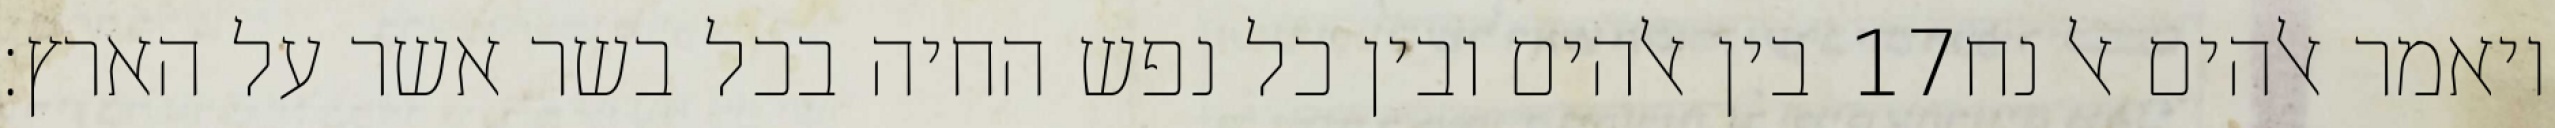
בין אלהים ובין כל נפש החיה בכל בשר אשר על הארץ׃ ‎17‏ ויאמר אלהים אל נח